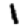
Digit: 1